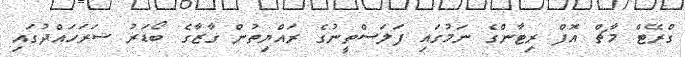
ގްރޭޓް މާޗް އޮފް ރިޓާންގެ ނަމުގައި ފަލަސްތީނުގެ ރައްޔިތުން ގާޒާގެ ބޯޑަރު ސަރަހައްދުގައި